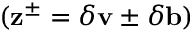
( \mathbf { z } ^ { \pm } = \delta \mathbf { v } \pm \delta \mathbf { b } )